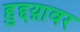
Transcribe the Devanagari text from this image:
हुद्दय़ावर